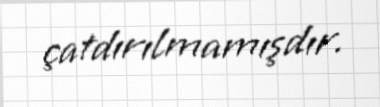
çatdırılmamışdır.